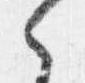
之